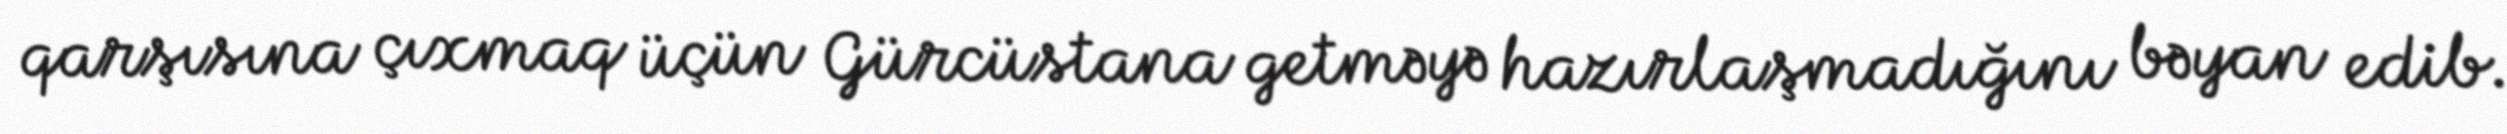
qarşısına çıxmaq üçün Gürcüstana getməyə hazırlaşmadığını bəyan edib.